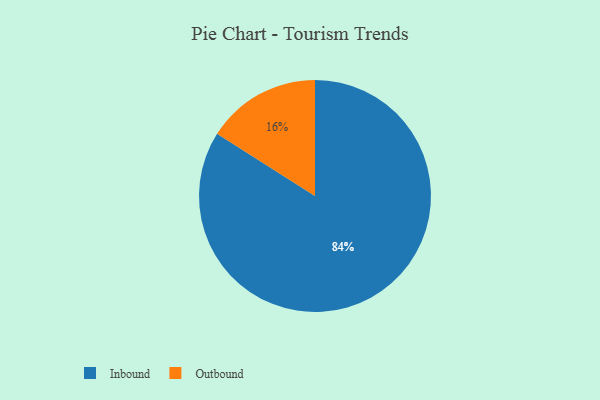
{"axis": {"x": "Category", "y": "Percentage"}, "legend": ["Inbound", "Outbound"], "data": [{"x": "Inbound", "y": 84, "type": "Inbound"}, {"x": "Outbound", "y": 16, "type": "Outbound"}]}